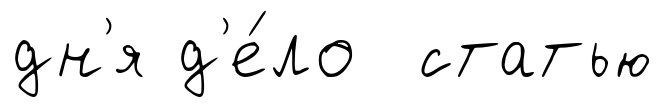
дн'я д'е́ло статью